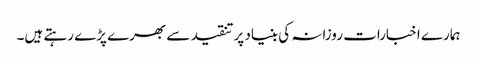
ہمارے اخبارات روزانہ کی بنیاد پرتنقید سے بھرے پڑے رہتے ہیں۔